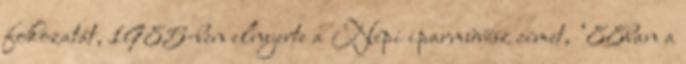
fokozatát, 1985-ben elnyerte a Népi iparmûvész címet, ‘88ban a